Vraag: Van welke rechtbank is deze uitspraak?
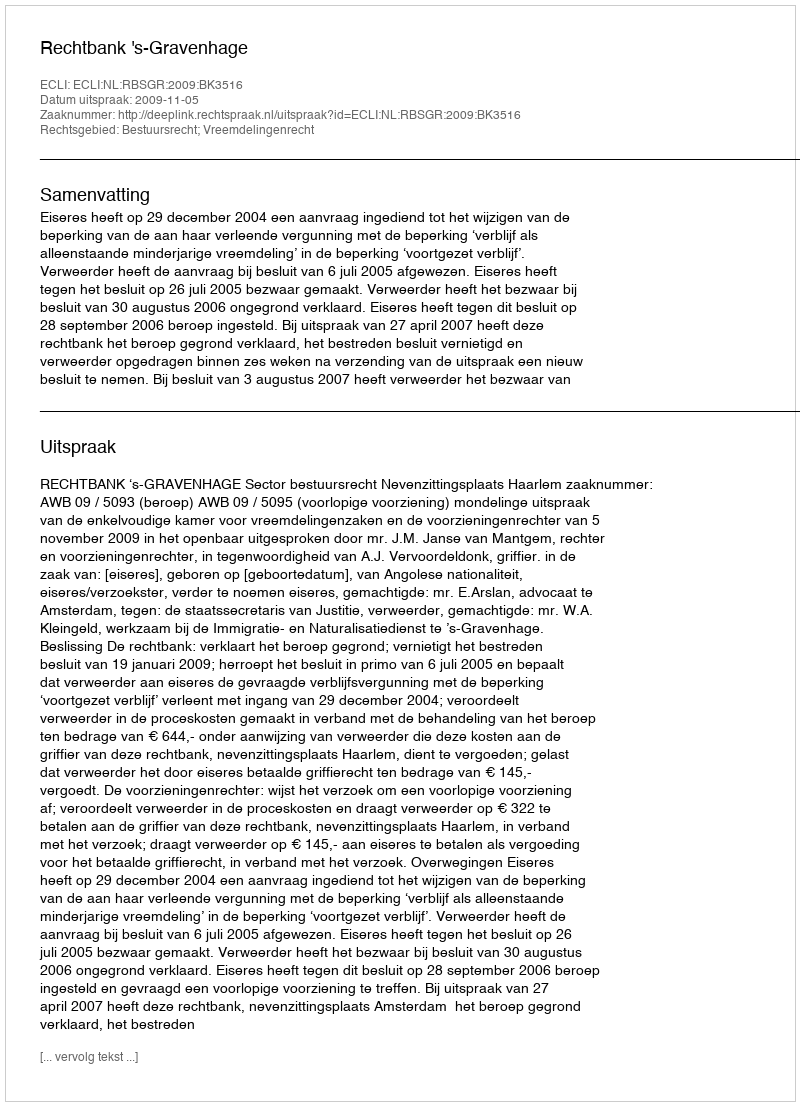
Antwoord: Rechtbank 's-Gravenhage